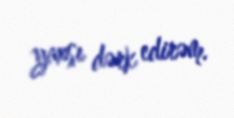
yaxşı dərk edirəm.